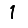
Digit: 1